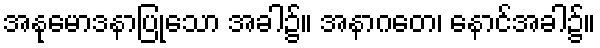
အနုမောဒနာပြုသော အခါ၌။ အနာဂတေ၊ နောင်အခါ၌။